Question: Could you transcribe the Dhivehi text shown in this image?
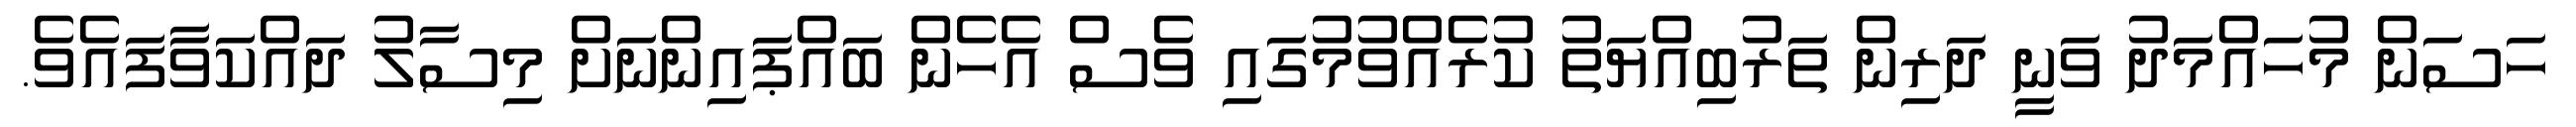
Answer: ހަސަން މުހައްމަދު ވަނީ ދަރިން ތަރުބިއްޔަތު ކުރެއްވުމުގައި ވެސް އެހެން ބައްޕައިންނަށް މިސާލު ދައްކަވާފައެވެ.